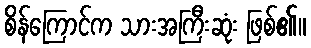
စိန်ကြောင်က သားအကြီးဆုံး ဖြစ်၏။